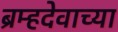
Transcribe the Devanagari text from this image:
ब्रम्हदेवाच्या